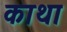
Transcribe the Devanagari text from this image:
काथा